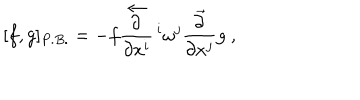
[ f , g ] _ { P . B . } = - f \displaystyle \frac { \stackrel { \leftarrow } { \partial } } { \partial x ^ { i } } \, ^ { i } \omega ^ { j } \displaystyle \frac { \stackrel { \rightarrow } { \partial } } { \partial x ^ { j } } g ~ ,